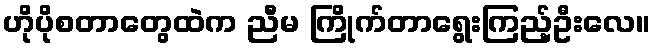
ဟိုပိုစတာတွေထဲက ညီမ ကြိုက်တာရွေးကြည့်ဦးလေ။